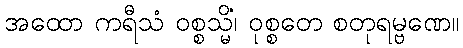
အထော ကရီသံ ဝစ္စသ္မိံ၊ ဝုစ္စတေ စတုရမ္ဗဏေ။